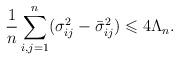
LaTeX: \begin{align*} \frac{1}{n } \sum\limits_{i,j=1}^n ( \sigma_{ij}^2 - \bar{\sigma}_{ij}^2) \leqslant 4 \Lambda_n.\end{align*}